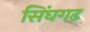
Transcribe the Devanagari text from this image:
सिंघगढ़